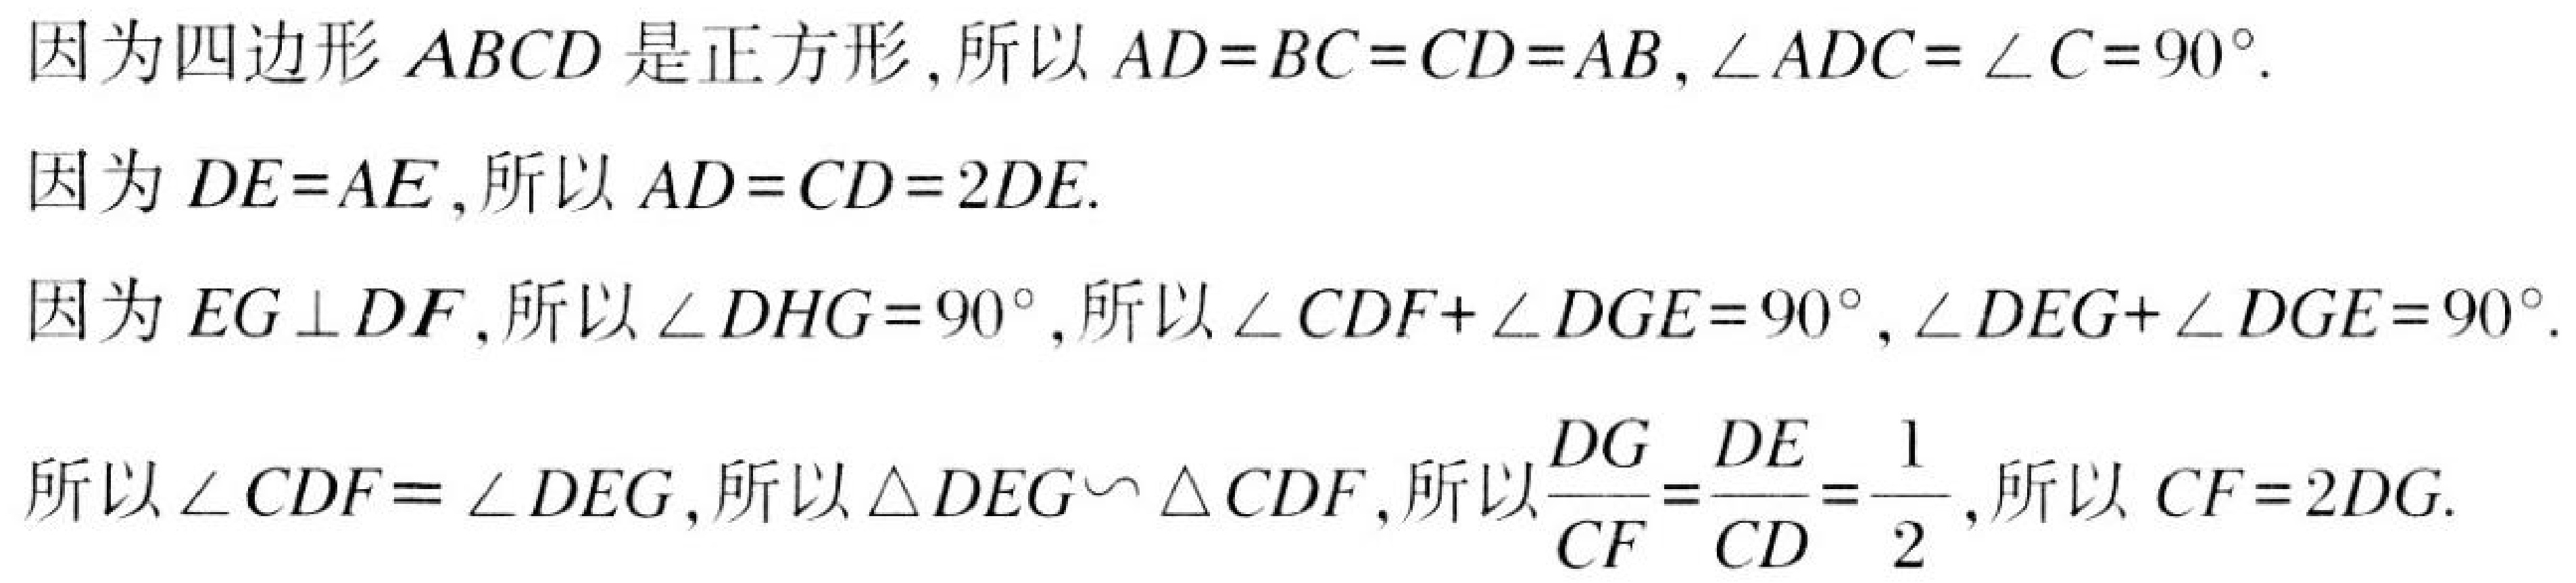
因为四边形\(ABCD\)是正方形,所以\(AD = BC = CD = AB\),\(\angle ADC=\angle C = 90^{\circ}\).
因为\(DE = AE\),所以\(AD = CD = 2DE\).
因为\(EG\perp DF\),所以\(\angle DHG = 90^{\circ}\),所以\(\angle CDF+\angle DGE = 90^{\circ}\),\(\angle DEG+\angle DGE = 90^{\circ}\).
所以\(\angle CDF=\angle DEG\),所以\(\triangle DEG\sim\triangle CDF\),所以\(\dfrac{DG}{CF}=\dfrac{DE}{CD}=\dfrac{1}{2}\),所以\(CF = 2DG\).